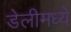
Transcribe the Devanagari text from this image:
डेलीमध्ये